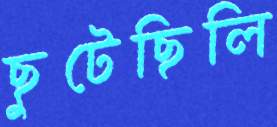
ছুটেছিলি